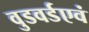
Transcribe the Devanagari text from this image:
वुडवर्डएवं